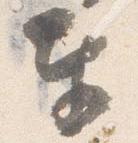
奉